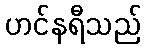
ဟင်နရီသည်